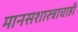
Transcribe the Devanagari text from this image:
मानसशास्त्राचाही